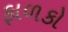
ફાળકો